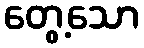
တွေ့သော